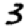
Digit: 3